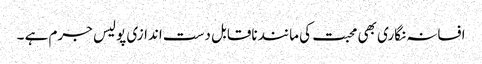
افسانہ نگاری بھی محبت کی مانند ناقابل دست اندازی پولیس جرم ہے ۔